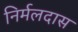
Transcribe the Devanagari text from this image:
निर्मलदास